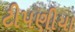
ટીપણીયા